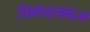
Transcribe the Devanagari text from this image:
निबंधावरून